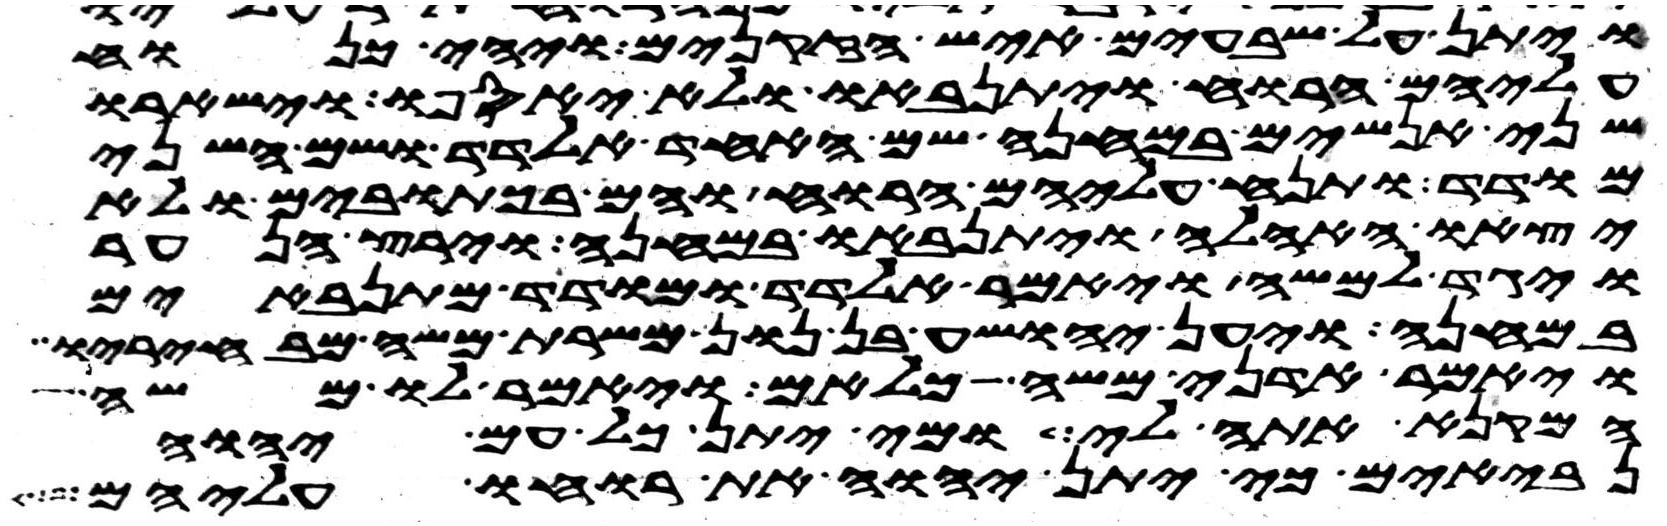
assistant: ויתן על שבעים איש הזקנים ויהי כנוח
עליהם הרוח ויתנאבו ולא יאספו וישארו
שני אנשים במחנה שם האחד אלדד ושם השני
מודד ותנח עליהם הרוח והם בכתובים ולא
יצאו האהלה ויתנאבו במחנה וירץ הנער
ויגד למשה ויאמר אלדד ומודד מתנאבים
במחנה ויען יהושע בן נון משרת משה מבחיריו
ויאמר אדני משה כלאם ויאמר לו משה
המקנא אתה לי ומי יתן כל עם יהוה
נביאים כי יתן יהוה את רוחו עליהם